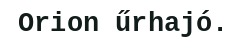
Orion űrhajó.